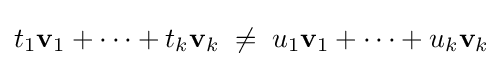
t_{1}\mathbf {v} _{1}+\cdots +t_{k}\mathbf {v} _{k}\;\neq \;u_{1}\mathbf {v} _{1}+\cdots +u_{k}\mathbf {v} _{k}